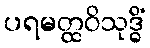
ပရမတ္ထဝိသုဒ္ဓိံ